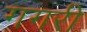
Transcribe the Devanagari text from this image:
गगरी